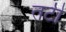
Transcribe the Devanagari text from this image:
तटी